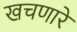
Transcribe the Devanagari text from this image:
खचणारे